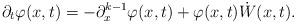
LaTeX: \begin{align*}\partial_t \varphi(x,t) = -\partial^{k-1}_x \varphi(x, t) + \varphi(x,t)\dot{W}(x,t). \end{align*}